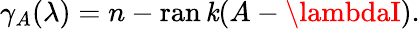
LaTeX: \gamma_{A}(\lambda)=n-\operatorname{ran\mathit{k}}(A-\lambdaI).